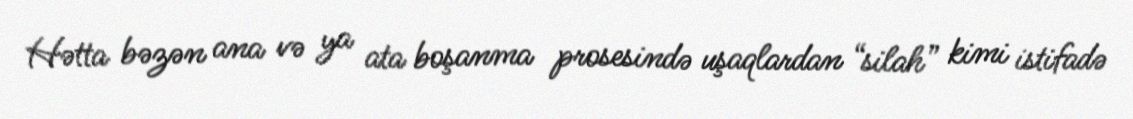
Hətta bəzən ana və ya ata boşanma prosesində uşaqlardan “silah” kimi istifadə